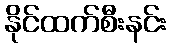
နိုင်ထက်စီးနင်း